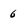
Character: 6